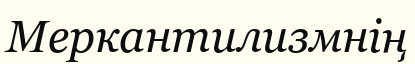
Меркантилизмнің